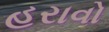
હરાવો